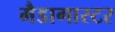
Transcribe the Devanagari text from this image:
मैडागास्टर